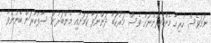
ނަމަވެސް ހުރިހާ މެންބަރުންނަށް ވެސް މަރުހަބާ ދަންނަވާ ކަމަށާއި މެންބަރުން ސާފުކުރަން ބޭނުންވާ